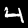
Digit: 4